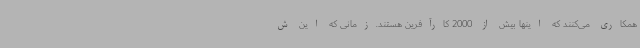
همکاری می‌کنند که اینها بیش از 2000 کارآفرین هستند.زمانی که این ش